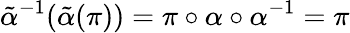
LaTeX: \tilde{\alpha}{}^{-1}(\tilde{\alpha}(\pi))=\pi\circ\alpha\circ\alpha^{-1}=\pi